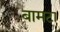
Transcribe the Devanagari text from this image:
बामटा